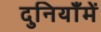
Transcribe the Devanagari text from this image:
दुनियाँमें